Scottish Leaving Certificate Examination, 1960
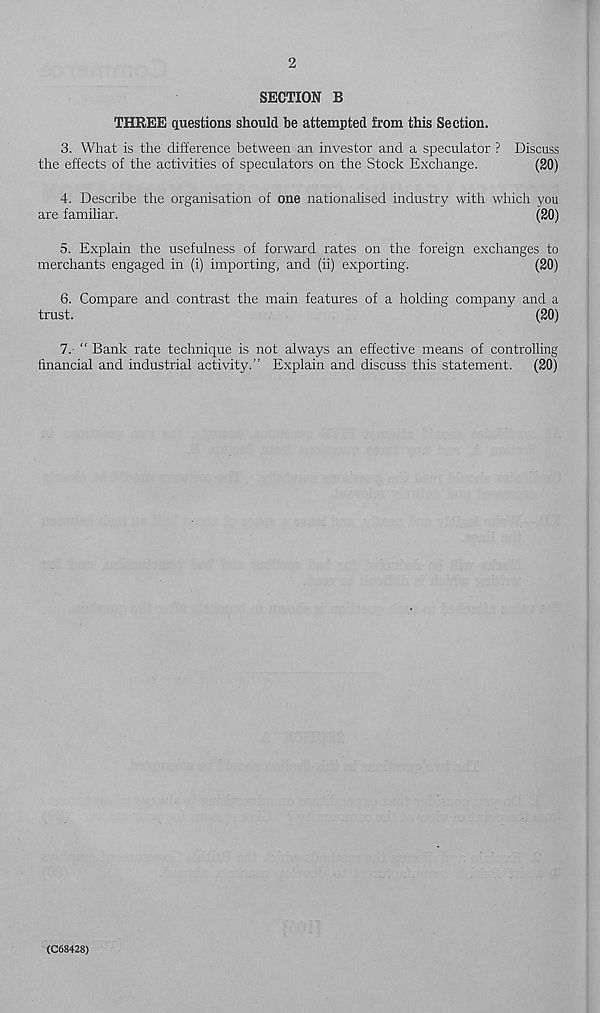
2
SECTION B
THREE questions should be attempted from this Section.
3. What is the difference between an investor and a speculator ? Discuss
the effects of the activities of speculators on the Stock Exchange.
(20)
4. Describe the organisation of one nationalised industry with which you
are familiar.
(20)
5. Explain the usefulness of forward rates on the foreign exchanges to
merchants engaged in (i) importing, and (ii) exporting.
(20)
6. Compare and contrast the main features of a holding company and a
trust.
(20)
7. “ Bank rate technique is not always an effective means of controlling
financial and industrial activity.” Explain and discuss this statement. (20)
(C68428)